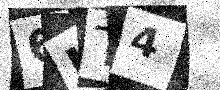
Text: 6KT4